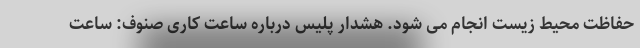
حفاظت محیط زیست انجام می شود. هشدار پلیس درباره ساعت کاری صنوف: ساعت